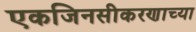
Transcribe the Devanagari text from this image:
एकजिनसीकरणाच्या